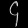
Digit: ၄